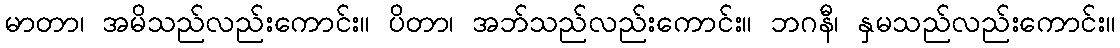
မာတာ၊ အမိသည်လည်းကောင်း။ ပိတာ၊ အဘ်သည်လည်းကောင်း။ ဘဂနီ၊ နှမသည်လည်းကောင်း။